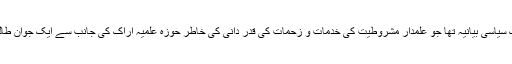
یہ خطابیہ بیان حقیقت میں ایک سیاسی بیانیہ تها جو علمدار مشروطیت کی خدمات و زحمات کی قدر دانی کی خاطر حوزہ علمیہ اراک کی جانب سے ایک جوان طالب علم کی زبان سے پڑها گیا۔